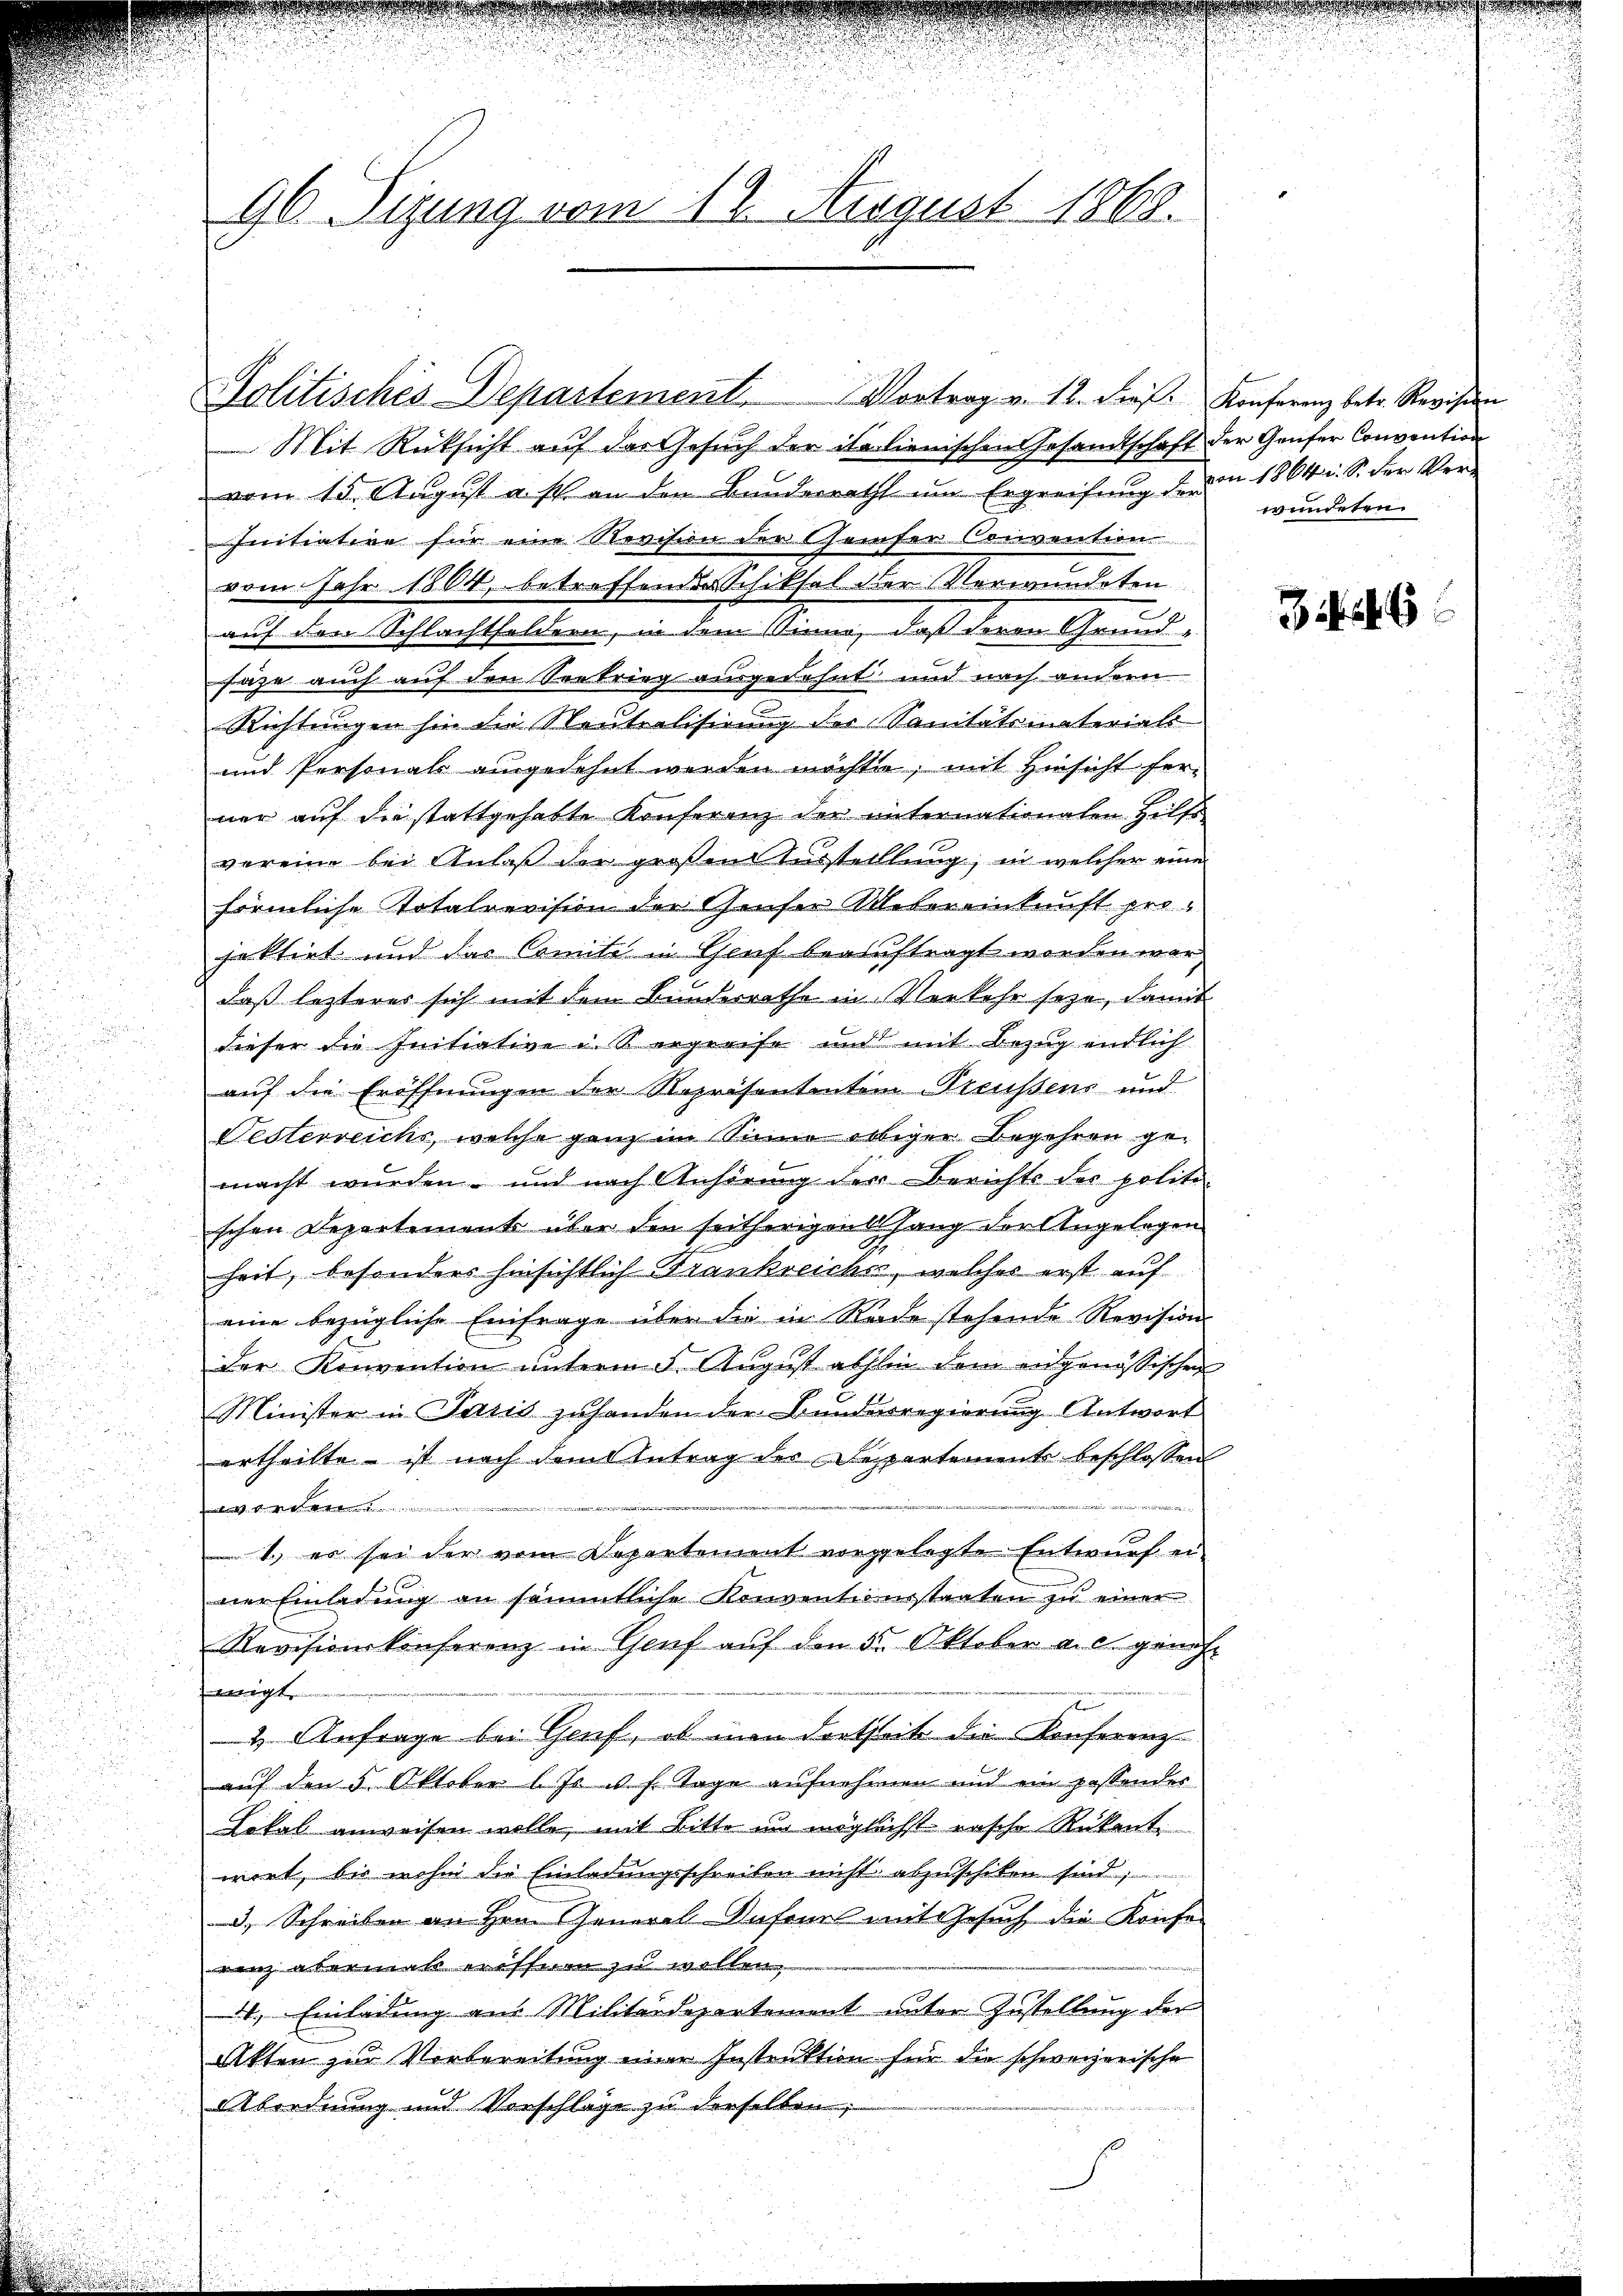
96. Sizung vom 12. August 1868.

Politisches Departement. Vortrag v. 18. ders. Konferenz betr. Revision
Mit Rücksicht auf das Gesuch der italienischen Gesandtschaft der Genfer Convention
vom 15. August a. s. an den Banderrath um Ergreifung der von 1864 u. S. der Ver¬
Initiative für eine Revision der Chaiser Convention
vom Jahr 1804, betreffender Schiksal der Verwundeten
auf den Schlachtfeldern, in dem Sinne, daß deren Grund-
Fäge auch auf den Sortrieg ausgedehnt und noch andern
Richtungen hin die Neutralisirung der Sanitätsmaterials
und Personals angedehnt werden möchte, mit Hinsicht her-
ner auf die stattgehabte Konferenz der unternationaten Hilfs
vereine bei Anlaß der großen Ausstelllung, in welcher eine
förmliche Totalrevision der Genfer Webereinkunft projektirt und das Comite in Genf beauftragt worden war,
daß lezteres sich mit dem Bunderrathe in Verkehr seze, damit
dieser die Initiative u. S. ergreife und mit Bezug endlich
auf die Eröffnungen der Repräsententen Preussens und
Festerreichs, welche ganz im Sinne obbiger Begehren gemacht wurden, und nach Anhörung der Berichts der politi-
schen Departement über den seitherigenfang der Angelegen
heit, besonders hinsichtlich Frankreiches, welcher erst auf
eine bezügliche Einfrage über die in Rade stehende Revisions
der Konvention unterm 5. August abhin dem angenössischen
Minister in Paris zuhanden der Bunderregierung Antwort
ertheilte - ist nach dem Antrag des Departement beschlossen
k
1. er sei der vom Departement vorgelegte Entwurf einer Einladŭng an sämmtliche Konventionsstaaten zu einer
Revisionskonferenz in Genf auf den 5. Oktober a. c. genoh¬
u
migt.
2 Anfrage bei Genf, ob man dortheite die Konferenz
auf den 5. Oktober l. Js. v. h. Tage aufnehmen und ein passendes
Lokal anweisen wolle, mit Bitte un möglichst rasche Rükant.
wirt, bis wohn die Einladungsschreiben nicht abzuschiken sind;
3, Schreiben an Hrn. General-Aufenel mit Gesuch die Konfe-
renz abermals eission zu wollen.
1. Einladung aus Militärdepartement unter Zustellung der
Akten zur Vorbereitung einer Instruktion für die schweizerische
Abordnung und Vorschläge zu derselben;

wundeten.

346